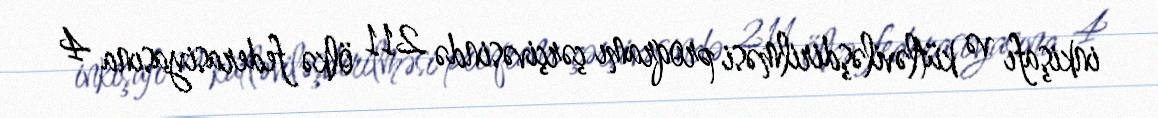
inkişafı və kütləviləşdirilməsi proqramı çərçivəsində 211 ölkə federasiyasına 4